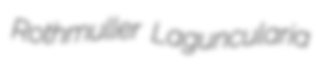
Rothmuller Laguncularia